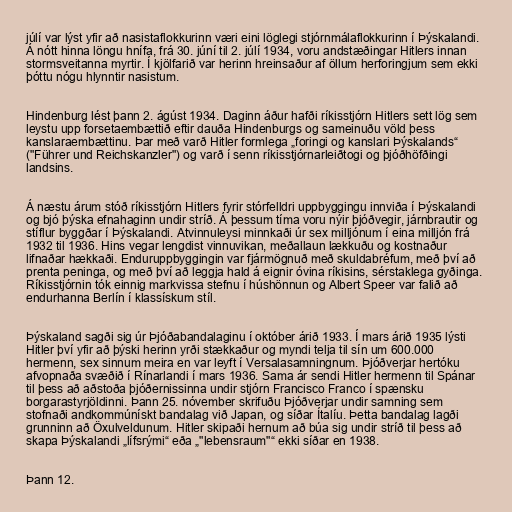
júlí var lýst yfir að nasistaflokkurinn væri eini löglegi stjórnmálaflokkurinn í Þýskalandi.
Á nótt hinna löngu hnífa, frá 30. júní til 2. júlí 1934, voru andstæðingar Hitlers innan
stormsveitanna myrtir. Í kjölfarið var herinn hreinsaður af öllum herforingjum sem ekki
þóttu nógu hlynntir nasistum.

Hindenburg lést þann 2. ágúst 1934. Daginn áður hafði ríkisstjórn Hitlers sett lög sem
leystu upp forsetaembættið eftir dauða Hindenburgs og sameinuðu völd þess
kanslaraembættinu. Þar með varð Hitler formlega „foringi og kanslari Þýskalands“
("Führer und Reichskanzler") og varð í senn ríkisstjórnarleiðtogi og þjóðhöfðingi
landsins.

Á næstu árum stóð ríkisstjórn Hitlers fyrir stórfelldri uppbyggingu innviða í Þýskalandi
og bjó þýska efnahaginn undir stríð. Á þessum tíma voru nýir þjóðvegir, járnbrautir og
stíflur byggðar í Þýskalandi. Atvinnuleysi minnkaði úr sex milljónum í eina milljón frá
1932 til 1936. Hins vegar lengdist vinnuvikan, meðallaun lækkuðu og kostnaður
lifnaðar hækkaði. Enduruppbyggingin var fjármögnuð með skuldabréfum, með því að
prenta peninga, og með því að leggja hald á eignir óvina ríkisins, sérstaklega gyðinga.
Ríkisstjórnin tók einnig markvissa stefnu í húshönnun og Albert Speer var falið að
endurhanna Berlín í klassískum stíl.

Þýskaland sagði sig úr Þjóðabandalaginu í október árið 1933. Í mars árið 1935 lýsti
Hitler því yfir að þýski herinn yrði stækkaður og myndi telja til sín um 600.000
hermenn, sex sinnum meira en var leyft í Versalasamningnum. Þjóðverjar hertóku
afvopnaða svæðið í Rínarlandi í mars 1936. Sama ár sendi Hitler hermenn til Spánar
til þess að aðstoða þjóðernissinna undir stjórn Francisco Franco í spænsku
borgarastyrjöldinni. Þann 25. nóvember skrifuðu Þjóðverjar undir samning sem
stofnaði andkommúnískt bandalag við Japan, og síðar Ítalíu. Þetta bandalag lagði
grunninn að Öxulveldunum. Hitler skipaði hernum að búa sig undir stríð til þess að
skapa Þýskalandi „lífsrými“ eða „"lebensraum"“ ekki síðar en 1938.

Þann 12.